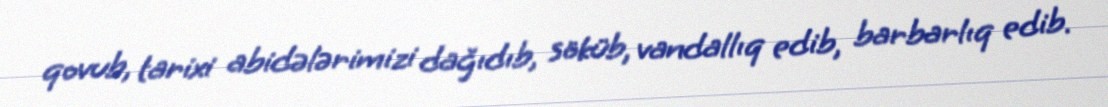
qovub, tarixi abidələrimizi dağıdıb, söküb, vandallıq edib, barbarlıq edib.